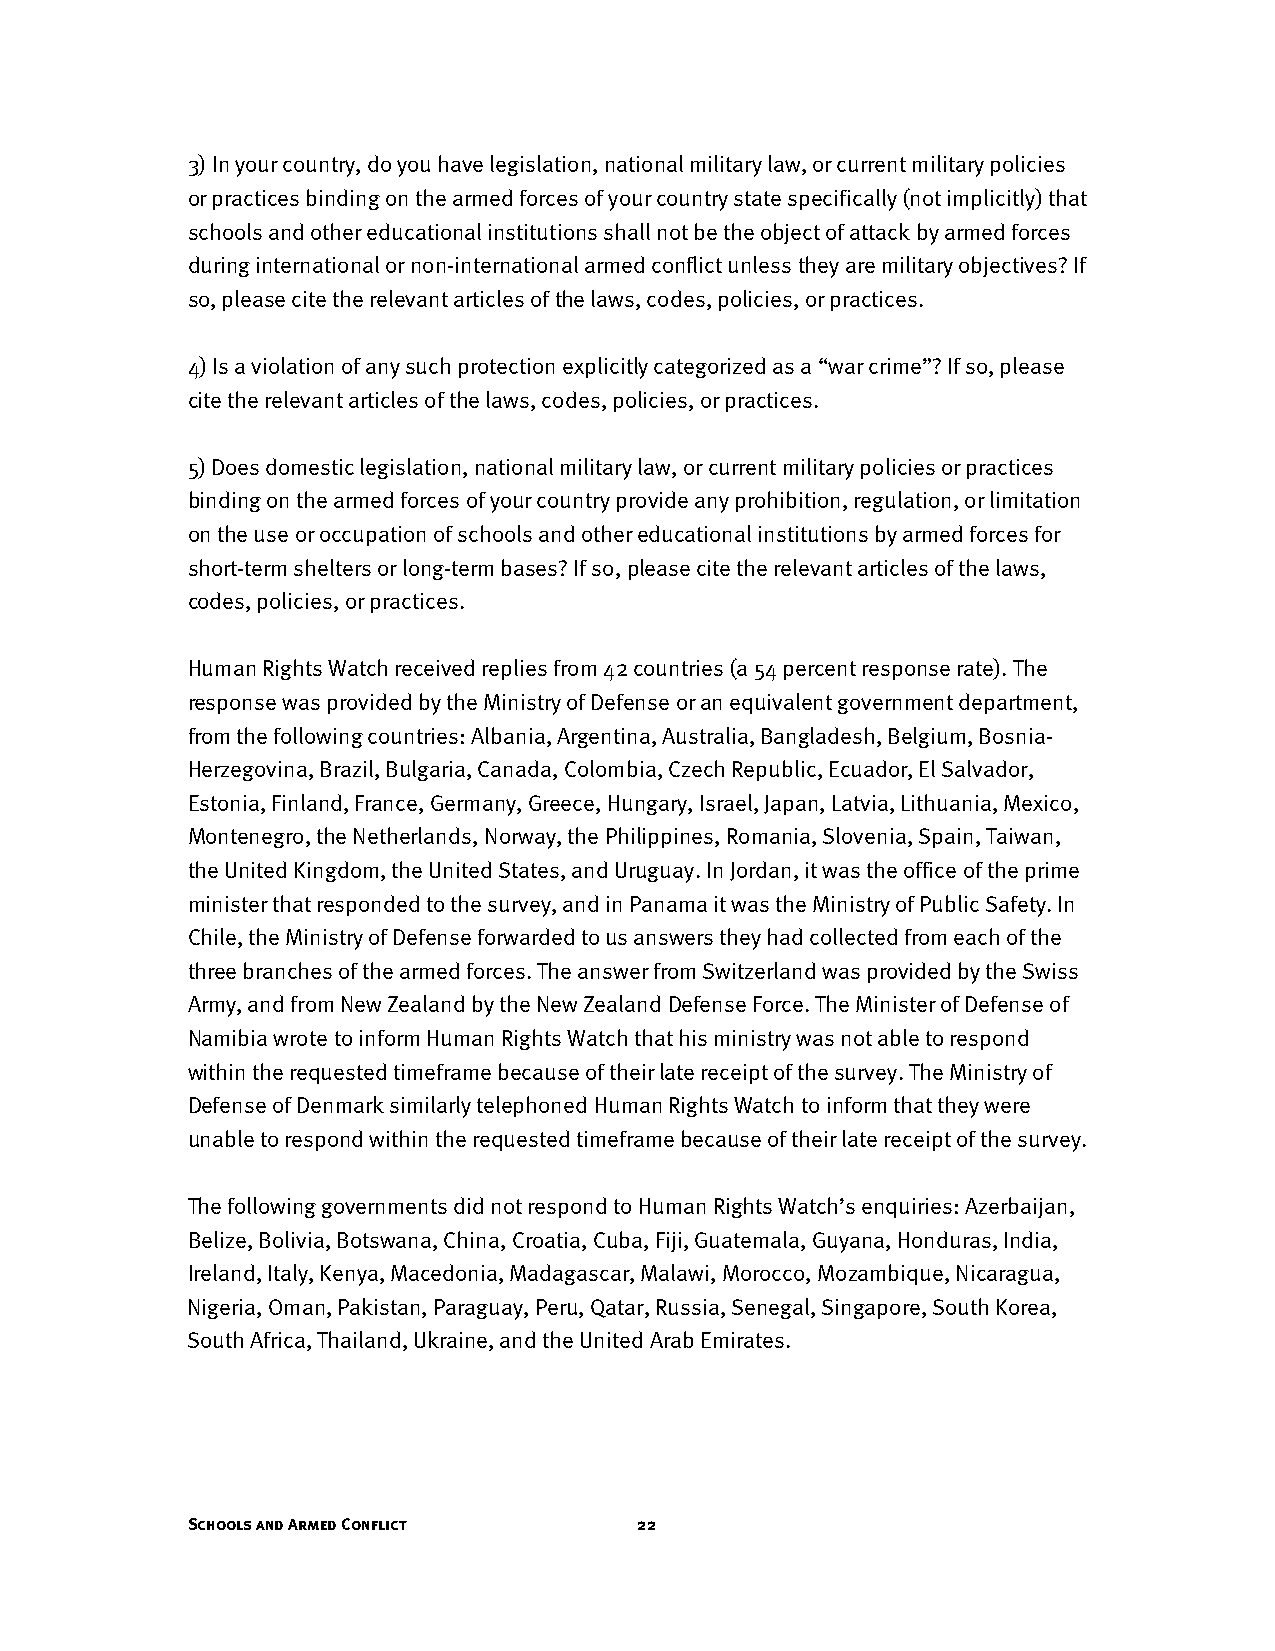
3) In your country, do you have legislation, national military law, or current military policies
 or practices binding on the armed forces of your country state specifically (not implicitly) that
 schools and other educational institutions shall not be the object of attack by armed forces
 during international or non-international armed conflict unless they are military objectives? If
 so, please cite the relevant articles of the laws, codes, policies, or practices.
 4) Is a violation of any such protection explicitly categorized as a “war crime”? If so, please
 cite the relevant articles of the laws, codes, policies, or practices.
 5) Does domestic legislation, national military law, or current military policies or practices
 binding on the armed forces of your country provide any prohibition, regulation, or limitation
 on the use or occupation of schools and other educational institutions by armed forces for
 short-term shelters or long-term bases? If so, please cite the relevant articles of the laws,
 codes, policies, or practices.
 Human Rights Watch received replies from 42 countries (a 54 percent response rate). The
 response was provided by the Ministry of Defense or an equivalent government department,
 from the following countries: Albania, Argentina, Australia, Bangladesh, Belgium, Bosnia-
 Herzegovina, Brazil, Bulgaria, Canada, Colombia, Czech Republic, Ecuador, El Salvador,
 Estonia, Finland, France, Germany, Greece, Hungary, Israel, Japan, Latvia, Lithuania, Mexico,
 Montenegro, the Netherlands, Norway, the Philippines, Romania, Slovenia, Spain, Taiwan,
 the United Kingdom, the United States, and Uruguay. In Jordan, it was the office of the prime
 minister that responded to the survey, and in Panama it was the Ministry of Public Safety. In
 Chile, the Ministry of Defense forwarded to us answers they had collected from each of the
 three branches of the armed forces. The answer from Switzerland was provided by the Swiss
 Army, and from New Zealand by the New Zealand Defense Force. The Minister of Defense of
 Namibia wrote to inform Human Rights Watch that his ministry was not able to respond
 within the requested timeframe because of their late receipt of the survey. The Ministry of
 Defense of Denmark similarly telephoned Human Rights Watch to inform that they were
 unable to respond within the requested timeframe because of their late receipt of the survey.
 The following governments did not respond to Human Rights Watch’s enquiries: Azerbaijan,
 Belize, Bolivia, Botswana, China, Croatia, Cuba, Fiji, Guatemala, Guyana, Honduras, India,
 Ireland, Italy, Kenya, Macedonia, Madagascar, Malawi, Morocco, Mozambique, Nicaragua,
 Nigeria, Oman, Pakistan, Paraguay, Peru, Qatar, Russia, Senegal, Singapore, South Korea,
 South Africa, Thailand, Ukraine, and the United Arab Emirates.
 Schools and Armed Conflict    22